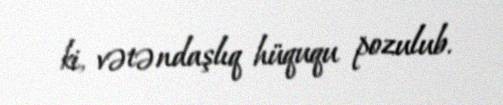
ki, vətəndaşlıq hüququ pozulub.